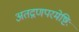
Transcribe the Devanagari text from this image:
अतद्गणपरमेष्टिः